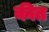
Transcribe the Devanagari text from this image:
कीत